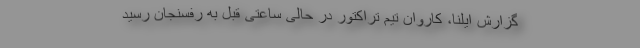
گزارش ایلنا، کاروان تیم تراکتور در حالی ساعتی قبل به رفسنجان رسید